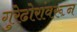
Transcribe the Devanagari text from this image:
गुरेढोरांवरून